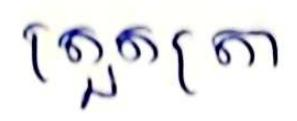
ត្រួតត្រា